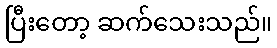
ပြီးတော့ ဆက်သေးသည်။